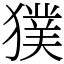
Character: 獛